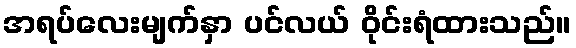
အရပ်လေးမျက်နှာ ပင်လယ် ဝိုင်းရံထားသည်။